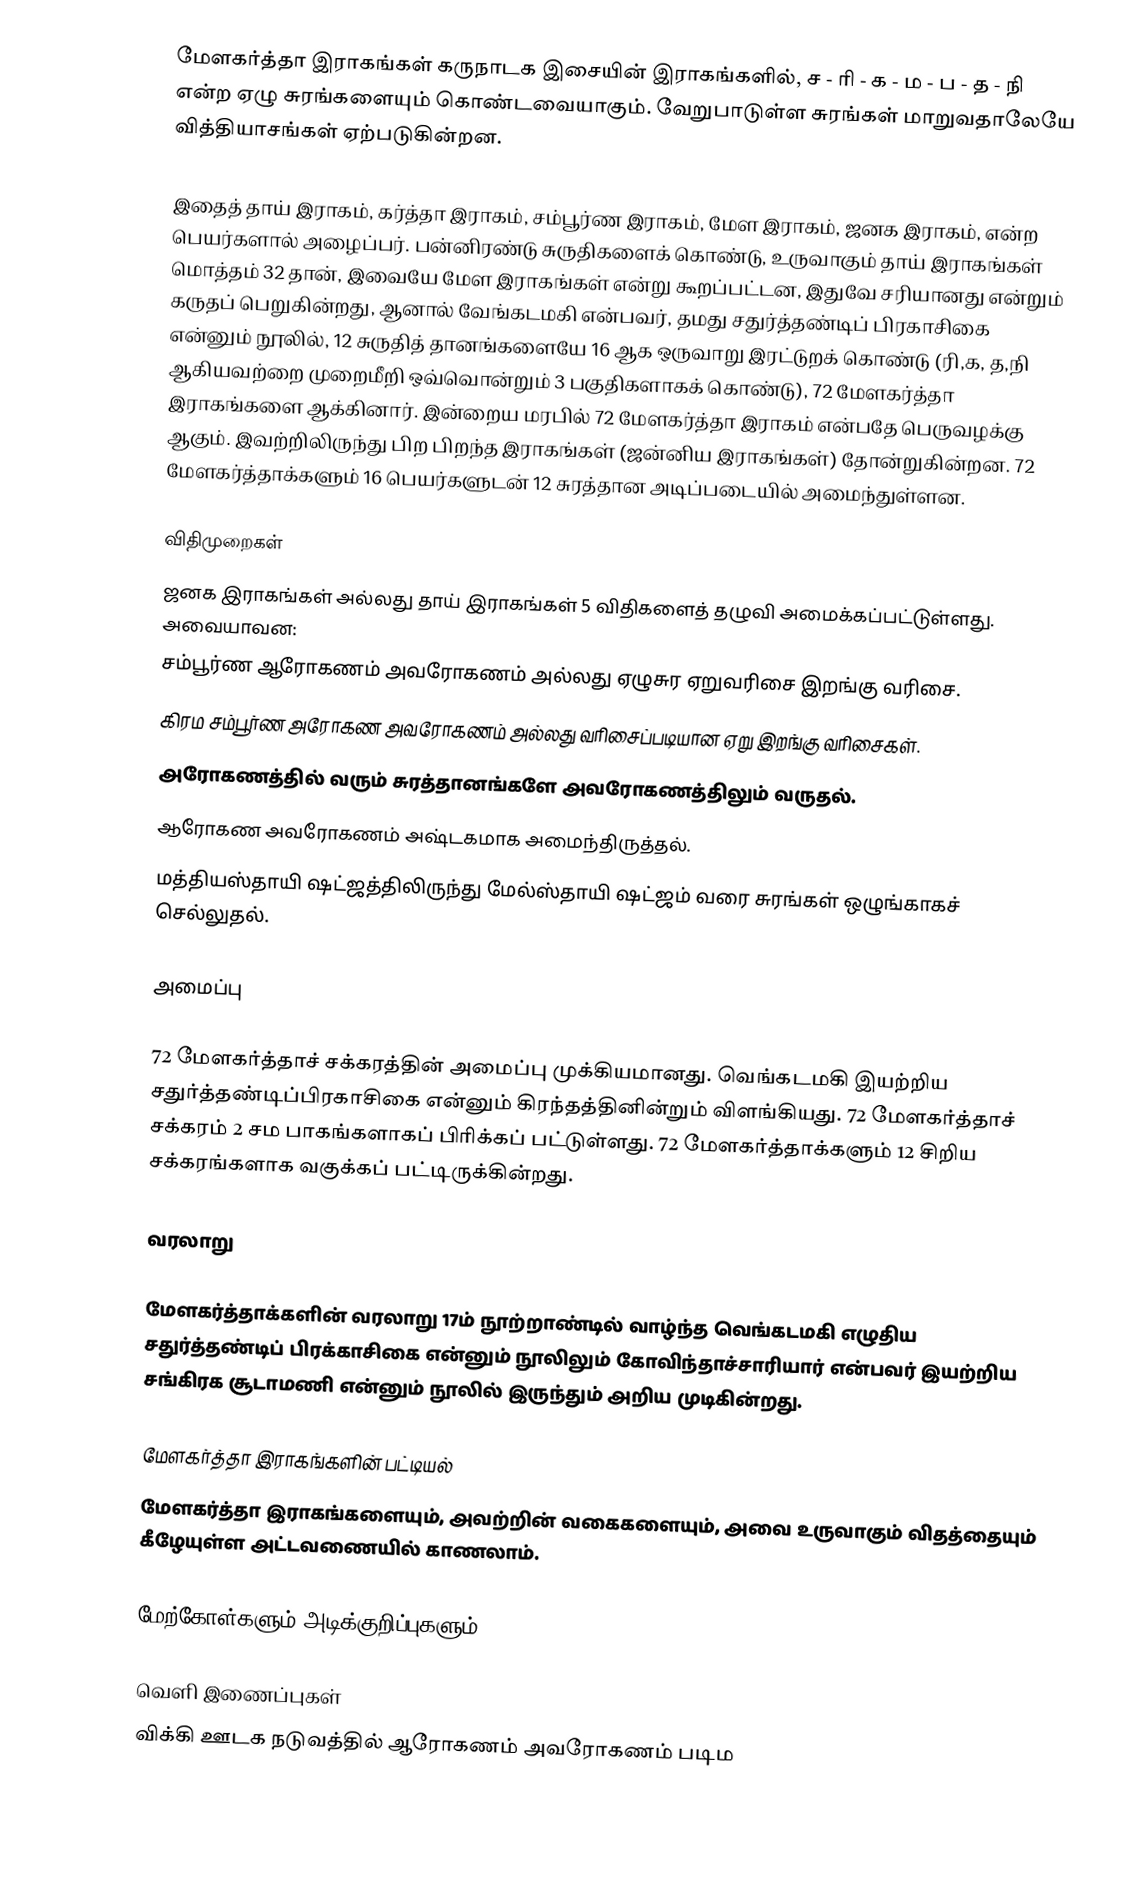
மேளகர்த்தா இராகங்கள் கருநாடக இசையின் இராகங்களில், ச - ரி - க - ம - ப - த - நி என்ற ஏழு சுரங்களையும் கொண்டவையாகும். வேறுபாடுள்ள சுரங்கள் மாறுவதாலேயே வித்தியாசங்கள் ஏற்படுகின்றன.

இதைத்  தாய் இராகம், கர்த்தா இராகம், சம்பூர்ண இராகம், மேள இராகம், ஜனக இராகம்,  என்ற பெயர்களால் அழைப்பர். பன்னிரண்டு சுருதிகளைக் கொண்டு, உருவாகும் தாய் இராகங்கள்  மொத்தம் 32 தான், இவையே மேள இராகங்கள் என்று கூறப்பட்டன, இதுவே சரியானது என்றும் கருதப் பெறுகின்றது, ஆனால் வேங்கடமகி என்பவர், தமது சதுர்த்தண்டிப் பிரகாசிகை என்னும் நூலில், 12 சுருதித் தானங்களையே 16 ஆக ஒருவாறு இரட்டுறக் கொண்டு (ரி,க, த,நி ஆகியவற்றை முறைமீறி ஒவ்வொன்றும் 3 பகுதிகளாகக் கொண்டு), 72 மேளகர்த்தா இராகங்களை ஆக்கினார். இன்றைய மரபில் 72 மேளகர்த்தா இராகம் என்பதே பெருவழக்கு ஆகும். இவற்றிலிருந்து பிற பிறந்த இராகங்கள் (ஜன்னிய இராகங்கள்) தோன்றுகின்றன. 72 மேளகர்த்தாக்களும் 16 பெயர்களுடன் 12 சுரத்தான அடிப்படையில் அமைந்துள்ளன.

விதிமுறைகள்
ஜனக இராகங்கள் அல்லது தாய் இராகங்கள் 5 விதிகளைத் தழுவி அமைக்கப்பட்டுள்ளது. அவையாவன:
 சம்பூர்ண ஆரோகணம் அவரோகணம் அல்லது ஏழுசுர ஏறுவரிசை இறங்கு வரிசை.
 கிரம சம்பூர்ண அரோகண அவரோகணம் அல்லது வரிசைப்படியான ஏறு இறங்கு வரிசைகள்.
 அரோகணத்தில் வரும் சுரத்தானங்களே அவரோகணத்திலும் வருதல்.
 ஆரோகண அவரோகணம் அஷ்டகமாக அமைந்திருத்தல்.
 மத்தியஸ்தாயி ஷட்ஜத்திலிருந்து மேல்ஸ்தாயி ஷட்ஜம் வரை சுரங்கள் ஒழுங்காகச் செல்லுதல்.

அமைப்பு

72 மேளகர்த்தாச் சக்கரத்தின் அமைப்பு முக்கியமானது. வெங்கடமகி இயற்றிய சதுர்த்தண்டிப்பிரகாசிகை என்னும் கிரந்தத்தினின்றும் விளங்கியது. 72 மேளகர்த்தாச் சக்கரம் 2 சம பாகங்களாகப் பிரிக்கப் பட்டுள்ளது. 72 மேளகர்த்தாக்களும் 12 சிறிய சக்கரங்களாக வகுக்கப் பட்டிருக்கின்றது.

வரலாறு

மேளகர்த்தாக்களின் வரலாறு 17ம் நூற்றாண்டில் வாழ்ந்த வெங்கடமகி எழுதிய சதுர்த்தண்டிப் பிரக்காசிகை என்னும் நூலிலும் கோவிந்தாச்சாரியார் என்பவர் இயற்றிய சங்கிரக சூடாமணி என்னும் நூலில் இருந்தும் அறிய முடிகின்றது.

மேளகர்த்தா இராகங்களின் பட்டியல்
மேளகர்த்தா இராகங்களையும், அவற்றின் வகைகளையும், அவை உருவாகும் விதத்தையும் கீழேயுள்ள அட்டவணையில் காணலாம்.

மேற்கோள்களும் அடிக்குறிப்புகளும்

வெளி இணைப்புகள்
விக்கி ஊடக நடுவத்தில் ஆரோகணம் அவரோகணம் படிம